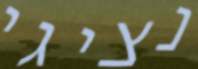
נציגי